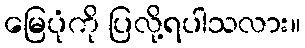
မြေပုံကို ပြလို့ရပါသလား။